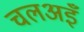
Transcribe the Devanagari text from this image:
चलअइँ